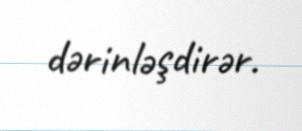
dərinləşdirər.